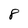
Character: 8